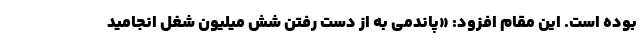
بوده است. این مقام افزود: «پاندمی به از دست رفتن شش میلیون شغل انجامید